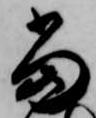
当